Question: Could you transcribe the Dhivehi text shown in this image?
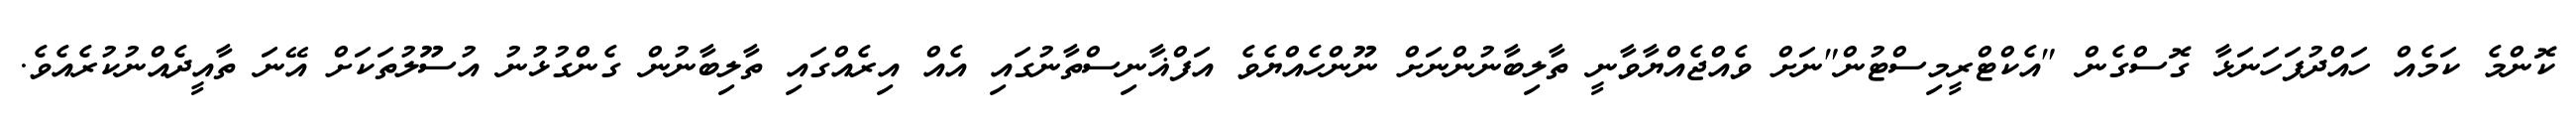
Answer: ކޮންމެ ކަމެއް ހައްދުފަހަނަޅާ ގޮސްގެން "އެކްޓްރީމިސްޓުން"ނަށް ވެއްޖެއްޔާވާނީ ތާލިބާނުންނަށް ނޫންހެއްޔެވެ އަފްޣާނިސްތާނުގައި އެއް އިރެއްގައި ތާލިބާނުން ގެންގުޅުނު އުސޫލުތަކަށް އޭނަ ތާއީދެއްނުކުރެއެވެ.